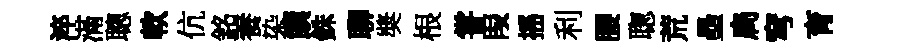
淬滿聰軟伉銘養染饌銖聊奬根甞叚摇利腰聦荒壘扃穹育